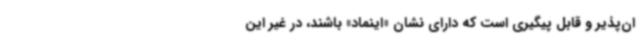
ان‌پذیر و قابل پیگیری است که دارای نشان «اینماد» باشند، در غیر این